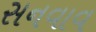
સનવાવ